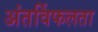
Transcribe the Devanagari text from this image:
अंतर्विफलता